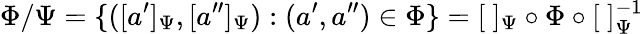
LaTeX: \Phi/\Psi=\{ ([a^{\prime}]_{\Psi},[a^{\prime\prime}]_{\Psi}):(a^{\prime},a^{\prime\prime})\in\Phi\} =[\ ]_{\Psi}\circ\Phi\circ[\ ]_{\Psi}^{-1}